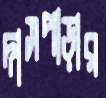
দাসপাড়ার